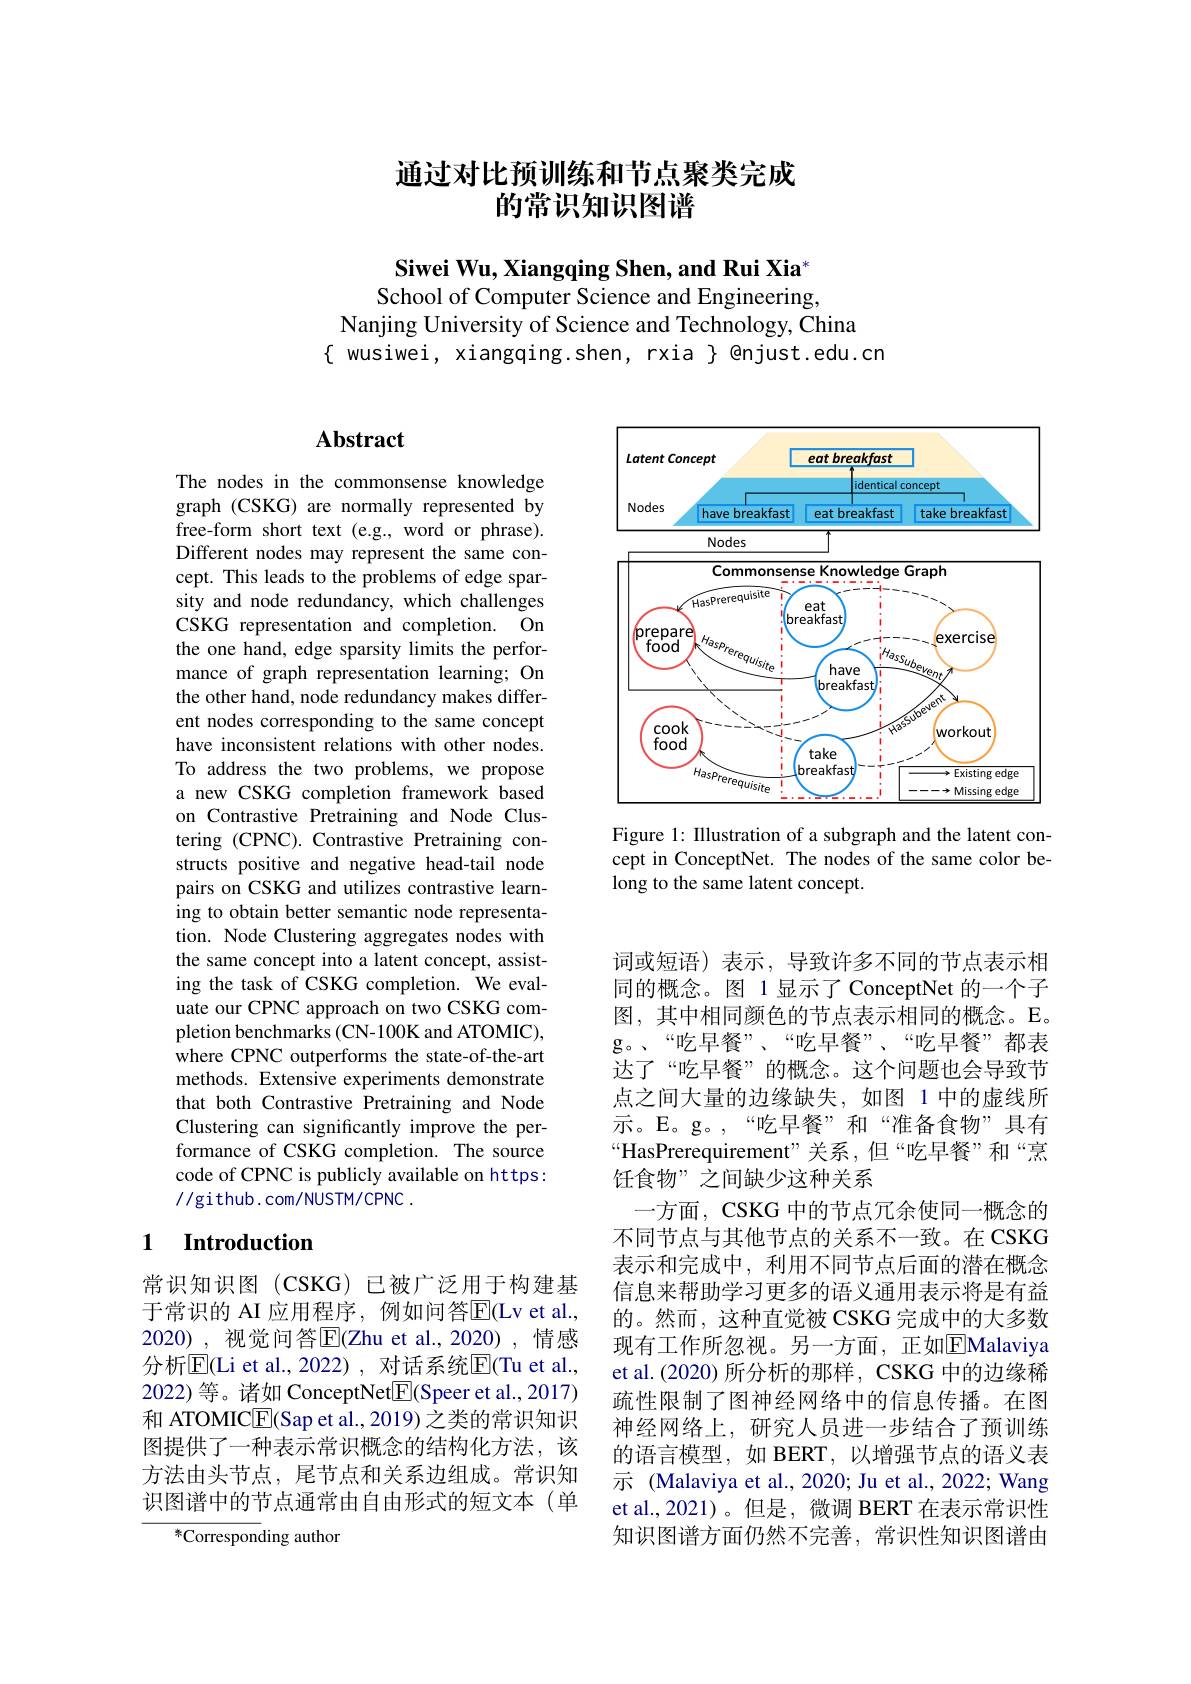
## 通过对比预训练和节点聚类完成的常识知识图谱

Siwei Wu, Xiangqing Shen, and Rui Xia* School of Computer Science and Engineering,
Nanjing University of Science and Technology, China
$\{$ wusiwei, xiangqing.shen, rxia $\}$ @njust.edu.cn

## $\mathbf{Abstract}$

The nodes in the commonsense knowledge graph (CSKG) are normally represented by free-form short text (e.g.,word or phrase). Different nodes may represent the same concept. This leads to the problems of edge sparsity and node redundancy, which challenges CSKG representation and completion. On the one hand, edge sparsity limits the performance of graph representation learning; On the other hand, node redundancy makes different nodes corresponding to the same concept have inconsistent relations with other nodes. To address the two problems, we propose a new CSKG completion framework based on Contrastive Pretraining and Node Clustering (CPNC).Contrastive Pretraining constructs positive and negative head-tail node pairs on CSKG and utilizes contrastive learning to obtain better semantic node representation. Node Clustering aggregates nodes with the same concept into a latent concept, assisting the task of CSKG completion. We evaluate our CPNC approach on two CSKG completion benchmarks (CN-100K and ATOMIC), where CPNC outperforms the state-of-the-art methods. Extensive experiments demonstrate that both Contrastive Pretraining and Node Clustering can significantly improve the performance of CSKG completion. The source code of CPNC is publicly available on https: //github.com/NUSTM/CPNC.

## 1 $\textbf{Introduction}$

常识知识图(CSKG)已被广泛用于构建基于常识的 AI 应用程序，例如问答$\overline{\mathrm{E}}($Lv et al., 2020), 视觉问答$\mathbb{E}$(Zhu et al.,2020),情感分析$\overline{\mathrm{E}}($Li et al.,2022), 对话系统$\overline{\mathrm{E}}($Tu et al., 2022) 等。诸如 ConceptNet$\boxed{\mathrm{E}}($Speer et al., 2017) 和 ATOMIC$\underline{\mathrm{E}}($Sap et al., 2019) 之类的常识知识图提供了一种表示常识概念的结构化方法，该方法由头节点，尾节点和关系边组成。常识知识图谱中的节点通常由自由形式的短文本(单

${}^{*}{\mathrm{Corresponding~author}}$

<FigureHere>

Figure 1: Illustration of a subgraph and the latent concept in ConceptNet. The nodes of the same color belong to the same latent concept

词或短语)表示，导致许多不同的节点表示相同的概念。图 1 显示了 ConceptNet 的一个子图，其中相同颜色的节点表示相同的概念。E。g。“吃早餐”、“吃早餐”、“吃早餐”都表达了“吃早餐”的概念。这个问题也会导致节点之间大量的边缘缺失，如图 1 中的虚线所示。E。g。,“吃早餐”和“准备食物”具有“HasPrerequirement”关系，但“吃早餐”和“烹饪食物”之间缺少这种关系
一方面，CSKG 中的节点冗余使同一概念的不同节点与其他节点的关系不一致。在 CSKG 表示和完成中，利用不同节点后面的潜在概念信息来帮助学习更多的语义通用表示将是有益的。然而，这种直觉被 CSKG 完成中的大多数现有工作所忽视。另一方面，正如$\overline{\mathrm{E}}$Malaviya et al.(2020) 所分析的那样，CSKG 中的边缘稀疏性限制了图神经网络中的信息传播。在图神经网络上，研究人员进一步结合了预训练的语言模型，如 BERT, 以增强节点的语义表示 (Malaviya et al., 2020; Ju et al., 2022; Wang et al.,2021)。但是，微调 BERT 在表示常识性知识图谱方面仍然不完善，常识性知识图谱由